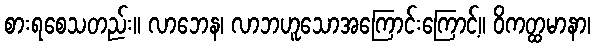
စားရစေသတည်း။ လာဘေန၊ လာဘဟူသောအကြောင်းကြောင့်။ ဝိကတ္ထမာနာ၊